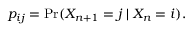
p _ { i j } = \operatorname* { P r } ( X _ { n + 1 } = j \mid X _ { n } = i ) .